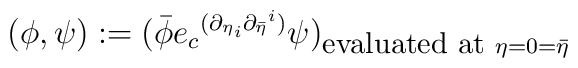
( \phi , \psi ) := {( \bar{\phi} {e_c}^{({{\partial}_{\eta}}_i{{\partial}_{\bar{\eta}}}^i)} \psi )}_{\mbox{\small evaluated at \rm} \eta =0 = \bar{\eta} }